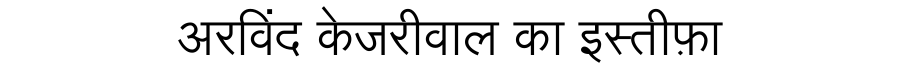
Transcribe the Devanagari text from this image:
अरविंद केजरीवाल का इस्तीफ़ा